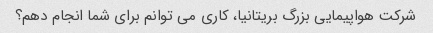
شرکت هواپیمایی بزرگ بریتانیا، کاری می توانم برای شما انجام دهم؟